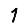
Digit: 1